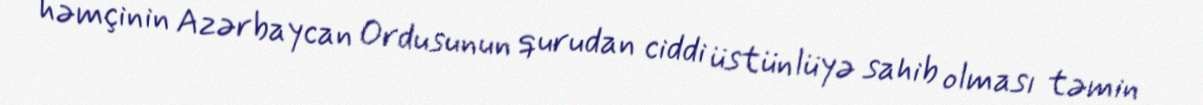
həmçinin Azərbaycan Ordusunun qurudan ciddi üstünlüyə sahib olması təmin